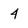
Character: 4